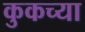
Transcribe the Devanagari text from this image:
कुकच्या